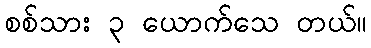
စစ်သား ၃ ယောက်သေ တယ်။